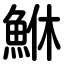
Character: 鮴